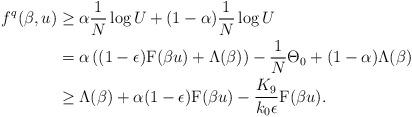
LaTeX: \begin{align*} f^q(\beta, u) &\geq \alpha \frac{1}{N}\log U_{} + (1-\alpha)\frac{1}{N}\log U_{}\\&=\alpha \left( (1-\epsilon)\mathrm{F}(\beta u) + \Lambda(\beta)\right)-\frac{1}{N}\Theta_0+(1-\alpha)\Lambda(\beta)\\&\geq \Lambda(\beta) + \alpha (1-\epsilon)\mathrm{F}(\beta u)-\frac{K_9}{k_0\epsilon}\mathrm{F}(\beta u).\end{align*}